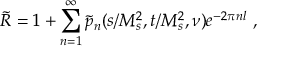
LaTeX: \tilde { \cal R } = 1 + \sum _ { n = 1 } ^ { \infty } \tilde { p } _ { n } ( s / M _ { s } ^ { 2 } , t / M _ { s } ^ { 2 } , \nu ) e ^ { - 2 \pi n l } \ ,